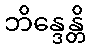
ဘိန္ဒေန္တိ